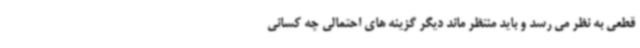
قطعی به نظر می رسد و باید منتظر ماند دیگر گزینه های احتمالی چه کسانی